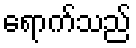
ရောက်သည်